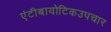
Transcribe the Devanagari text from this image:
एंटीबायोटिकउपचार